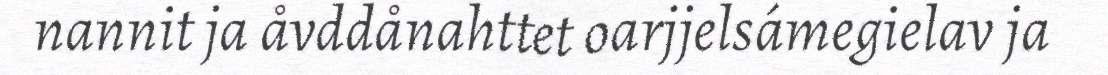
nannit ja åvddånahttet oarjjelsámegielav ja